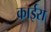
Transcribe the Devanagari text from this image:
काईरा